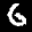
Label: 6